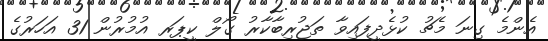
އެންމެ ގިނަ މެޗު ކުޅެދީފައިވާ ތަޖުރިބާކާރު ގޯލް ކީޕަރ އުމުރުން 31 އަހަރުގެ